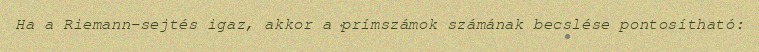
Ha a Riemann-sejtés igaz, akkor a prímszámok számának becslése pontosítható: